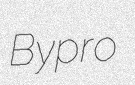
Bypro